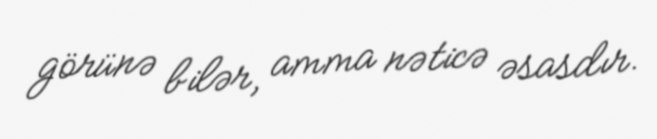
görünə bilər, amma nəticə əsasdır.